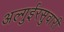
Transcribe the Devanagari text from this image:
अल्गुईरसुवारी